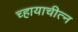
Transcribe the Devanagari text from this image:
च्हायाचीत्न